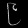
Digit: ၉